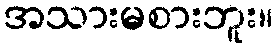
အသားမစားဘူး။